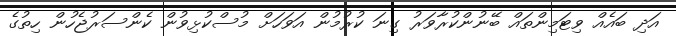
އަދި ބައެއް ވިޓަމިންތައް ބޭނުންކުރާވަރު ގިނަ ކުރުމުން އަވަހަށް މުސްކުޅިވުން ކެންސަރުޖެހުން ހިތުގެ